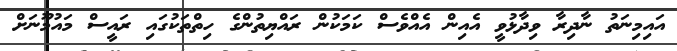
އައިމިނަތު ނާދިރާ ވިދާޅުވީ އެއިން އެއްވެސް ކަމަކުން ރައްޔިތުންގެ ހިތްތަކުގައި ރައީސް މައުމޫނަށް